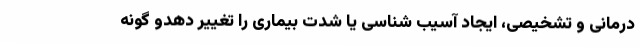
درمانی و تشخیصی، ایجاد آسیب شناسی یا شدت بیماری را تغییر دهدو گونه